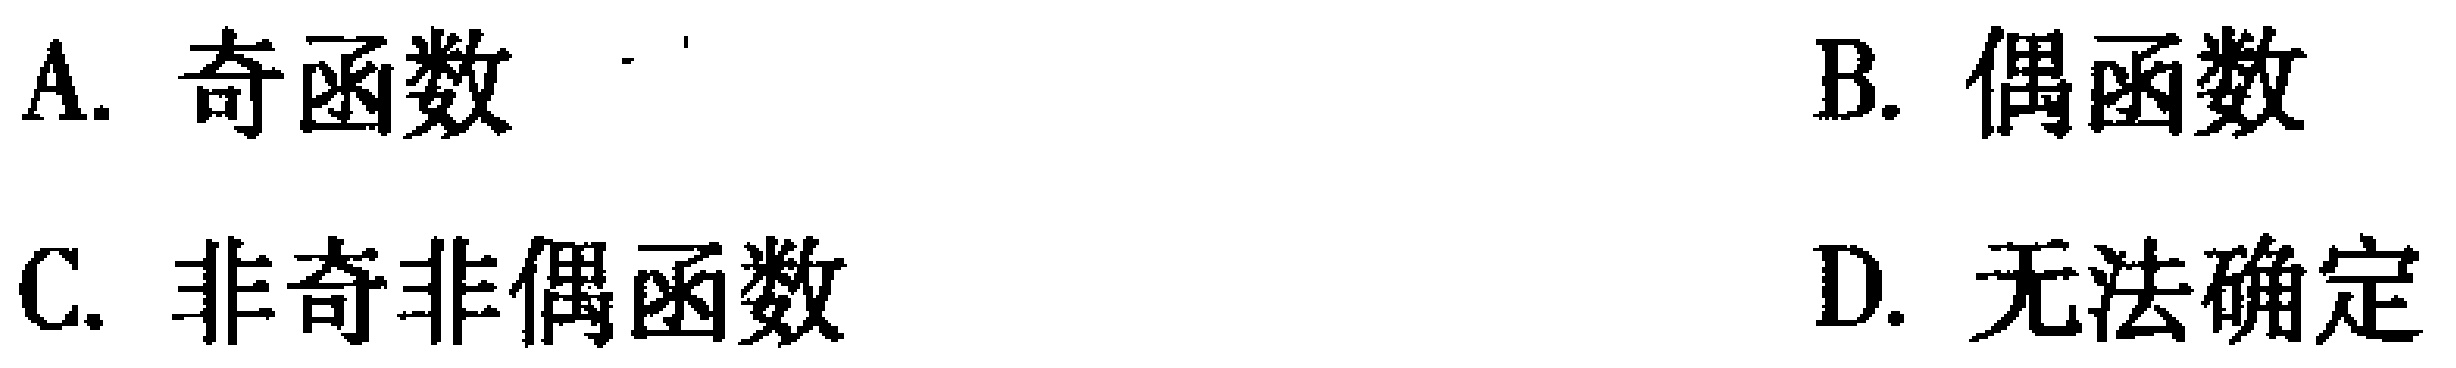
A. 奇函数

B. 偶函数

C. 非奇非偶函数

D. 无法确定